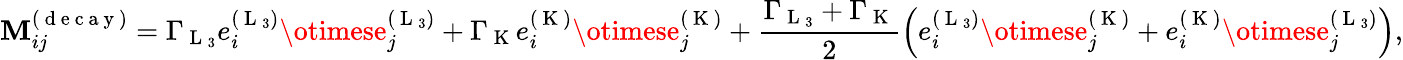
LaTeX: \mathbf{M}_{ij}^{(\mathrm{{~d~e~c~a~y~}})}=\Gamma_{\mathrm{{~L~}}_{3}}e_{i}^{(\mathrm{{~L~}}_{3})}\otimese_{j}^{(\mathrm{{~L~}}_{3})}+\Gamma_{\mathrm{{~K~}}}e_{i}^{(\mathrm{{~K~}})}\otimese_{j}^{(\mathrm{{~K~}})}+\frac{{\Gamma_{\mathrm{{~L~}}_{3}}+\Gamma_{\mathrm{{~K~}}}}}{{2}}\left(e_{i}^{(\mathrm{{~L~}}_{3})}\otimese_{j}^{(\mathrm{{~K~}})}+e_{i}^{(\mathrm{{~K~}})}\otimese_{j}^{(\mathrm{{~L~}}_{3})}\right),